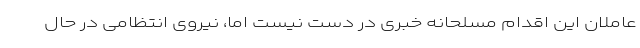
عاملان این اقدام مسلحانه خبری در دست نیست اما، نیروی انتظامی در حال